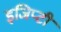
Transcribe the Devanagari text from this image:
इजिप्टी